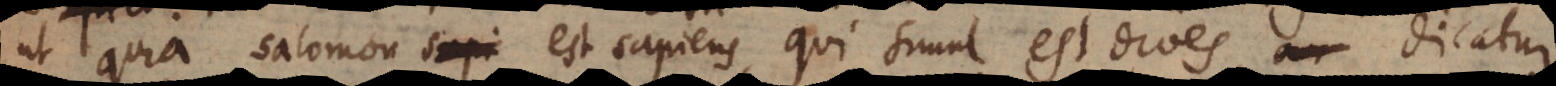
ut quia Salomon est sapiens, qui simul est dives, dicatur